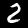
Digit: 2